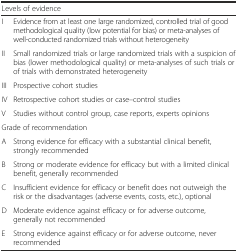
<table><thead><tr><td colspan="2"><b>Levels of evidence</b></td></tr></thead><tbody><tr><td>I</td><td>Evidence from at least one large randomized, controlled trial of good methodological quality (low potential for bias) or meta-analyses of well-conducted randomized trials without heterogeneity</td></tr><tr><td>II</td><td>Small randomized trials or large randomized trials with a suspicion of bias (lower methodological quality) or meta-analyses of such trials or of trials with demonstrated heterogeneity</td></tr><tr><td>III</td><td>Prospective cohort studies</td></tr><tr><td>IV</td><td>Retrospective cohort studies or case–control studies</td></tr><tr><td>V</td><td>Studies without control group, case reports, experts opinions</td></tr><tr><td colspan="2">Grade of recommendation</td></tr><tr><td>A</td><td>Strong evidence for efficacy with a substantial clinical benefit, strongly recommended</td></tr><tr><td>B</td><td>Strong or moderate evidence for efficacy but with a limited clinical benefit, generally recommended</td></tr><tr><td>C</td><td>Insufficient evidence for efficacy or benefit does not outweigh the risk or the disadvantages (adverse events, costs, etc.), optional</td></tr><tr><td>D</td><td>Moderate evidence against efficacy or for adverse outcome, generally not recommended</td></tr><tr><td>E</td><td>Strong evidence against efficacy or for adverse outcome, never recommended</td></tr></tbody></table>